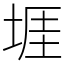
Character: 堐